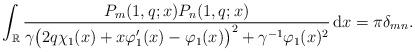
LaTeX: \begin{align*}\int_{\mathbb{R}}\frac{P_{m}(1,q;x)P_{n}(1,q;x)}{\gamma\big(2q\chi_{1}(x)+x\varphi_{1}'(x)-\varphi_{1}(x)\big)^{2}+\gamma^{-1}\varphi_{1}(x)^{2}}\,\mbox{d}x=\pi\delta_{mn}.\end{align*}